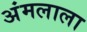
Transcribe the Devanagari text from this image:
अंमलाला